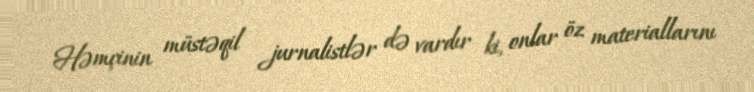
Həmçinin müstəqil jurnalistlər də vardır ki, onlar öz materiallarını